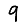
Digit: 9